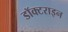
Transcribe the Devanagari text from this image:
डॉक्टराइन